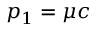
p _ { 1 } = \mu c